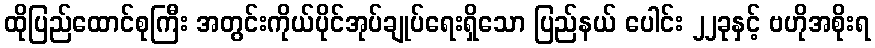
ထိုပြည်ထောင်စုကြီး အတွင်းကိုယ်ပိုင်အုပ်ချုပ်ရေးရှိသော ပြည်နယ် ပေါင်း ၂၂ခုနှင့် ဗဟိုအစိုးရ